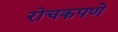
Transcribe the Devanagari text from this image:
रोचकपणे